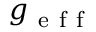
g _ { \mathrm { ~ e ~ f ~ f ~ } }